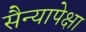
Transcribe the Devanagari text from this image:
सैन्यापेक्षा